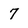
Character: 7